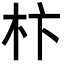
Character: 𣏣